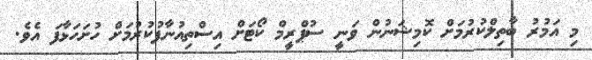
މި އަމުރު ބާތިލްކުރުމަށް ކޮމިޝަނުން ވަނީ ސުޕްރީމް ކޯޓަށް އިސްތިއުނާފުކުރުމަށް ހުށަހަޅާފަ އެވެ.